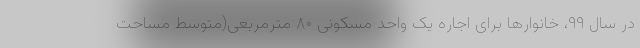
در سال ۹۹، خانوارها برای اجاره یک واحد مسکونی ۸۰ مترمربعی(متوسط مساحت